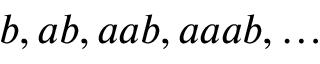
b , a b , a a b , a a a b , \ldots